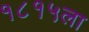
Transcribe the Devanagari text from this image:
१८१५ला